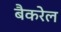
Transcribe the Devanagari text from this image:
बैकरेल